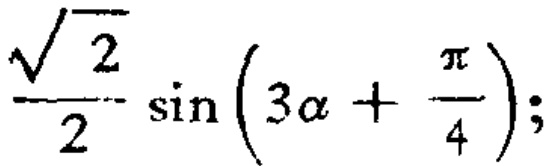
$\frac{\sqrt{2}}{2} \sin \left(3\alpha+\frac{\pi}{4}\right);$